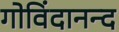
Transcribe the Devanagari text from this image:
गोविंदानन्द